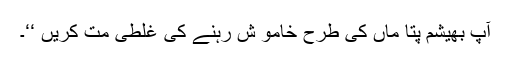
آپ بھیشم پتا ماں کی طرح خامو ش رہنے کی غلطی مت کریں ‘‘۔